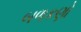
બળકણો